Report on horse surra - Volume I
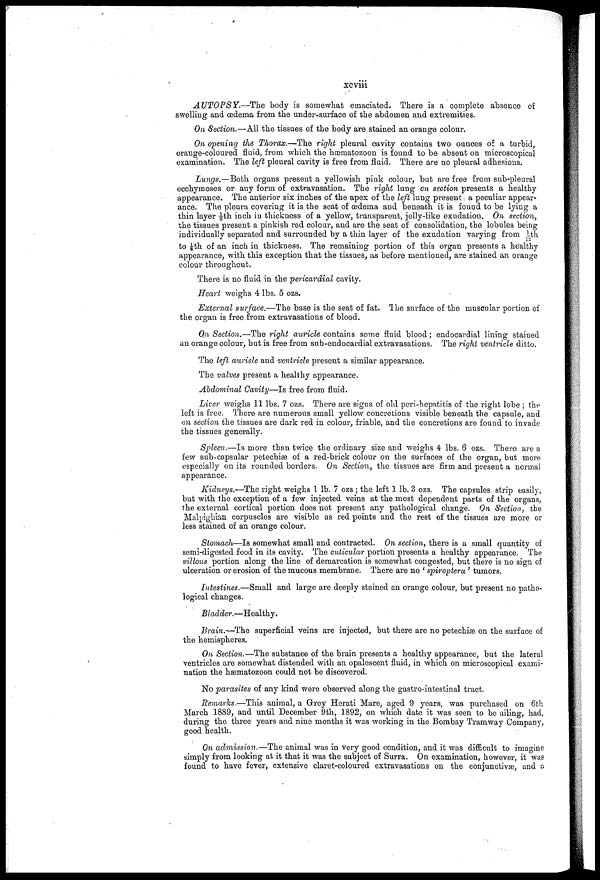
xcviii
AUTOPSY.—The
body is somewhat emaciated. There is a complete absence of
swelling and œdema from the under-surface of the abdomen and extremities.
On Section.—All the tissues of the body are stained an orange colour.
On opening the Thorax.—The right pleural cavity contains two ounces of a turbid,
orange-coloured fluid, from which the hæmatozoon is found to be absent on microscopical
examination. The left pleural cavity is free from fluid. There are no pleural adhesions.
Lungs.—Both organs present a yellowish pink colour, but are free from sub-pleural
ecchymoses or any form of extravasation. The rigid lung on section presents a healthy
appearance. The anterior six inches of the apex of the left lung present a peculiar appear
ance. The pleura covering it is the seat of œdema and beneath it is found to be lying a
thin layer ⅛th inch in thickness of a yellow, transparent, jelly-like exudation. On section,
the tissues present a pinkish red colour, and are the seat of consolidation, the lobules being
individually separated and surrounded by a thin layer of the exudation varying from 1/12th
to ⅛th of an inch in thickness. The remaining portion of this organ presents a healthy
appearance, with this exception that the tissues, as before mentioned, are stained an orange
colour throughout.
There is no fluid in the pericardial cavity.
Heart weighs 4 lbs. 5 ozs.
External surface.—The base is the seat of fat. The surface of the muscular portion of
the organ is free from extravasations of blood.
On Section.—The right auricle contains some fluid blood; endocardial lining stained
an orange colour, but is free from sub-endocardial extravasations. The right ventricle ditto.
The left auricle and ventricle present a similar appearance.
The valves present a healthy appearance.
Abdominal Cavity—Is free from fluid.
Liver weighs 11 lbs. 7 ozs. There are signs of old peri-hepatitis of the right lobe ; the
left is free. There are numerous small yellow concretions visible beneath the capsule, and
on section the tissues are dark red in colour, friable, and the concretions are found to invade
the tissues generally.
Spleen.—Is more than twice the ordinary size and weighs 4 lbs. 6 ozs. There are a
few sub-capsular petechiæ of a red-brick colour on the surfaces of the organ, but more
especially on its rounded borders. On Section, the tissues are firm and present a normal
appearance.
Kidneys.—The right weighs 1 lb. 7 ozs; the left 1 lb. 3 ozs. The capsules strip easily,
but with the exception of a few injected veins at the most dependent parts of the organs,
the external cortical portion dœs not present any pathological change. On Section, the
Malpighian corpuscles are visible as red points and the rest of the tissues are more or
less stained of an orange colour.
Stomach—Is somewhat small and contracted. On section, there is a small quantity of
semi-digested food in its cavity. The cuticular portion presents a healthy appearance. The
villous portion along the line of demarcation is somewhat congested, but there is no sign of
ulceration or erosion of the mucous membrane. There are no ' spiroptera' tumors.
Intestines.—Small and large are deeply stained an orange colour, but present no patho
logical changes.
Bladder.—Healthy.
Brain.—The superficial veins are injected, but there are no petechiæ on the surface of
the hemispheres.
On Section.—The substance of the brain presents a healthy appearance, but the lateral
ventricles are somewhat distended with an opalescent fluid, in which on microscopical exami
nation the hæmatozoon could not be discovered.
No parasites of any kind were observed along the gastro-intestinal tract.
Remarks.—This animal, a Grey Herati Mare, aged 9 years, was purchased on 6th
March 1889, and until December 9th, 1892, on which date it was seen to be ailing, had,
during the three years and nine months it was working in the Bombay Tramway Company,
good health.
On admission.—The animal was in very good condition, and it was difficult to imagine
simply from looking at it that it was the subject of Surra. On examination, however, it was
found to have fever, extensive claret-coloured extravasations on the conjunctivae, and a